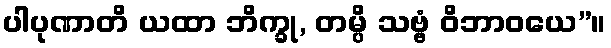
ပါပုဏာတိ ယထာ ဘိက္ခု, တမ္ပိ သဗ္ဗံ ဝိဘာဝယေ”။